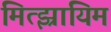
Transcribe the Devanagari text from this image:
मित्झ्रायिम